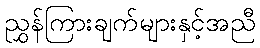
ညွှန်ကြားချက်များနှင့်အညီ